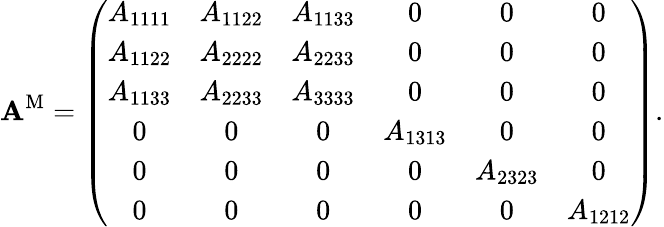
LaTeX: \textbf{A}^{\mathrm{M}}=\left(\begin{array}{cccccc}{A_{1111}}&{A_{1122}}&{A_{1133}}&{0}&{0}&{0}\\ {A_{1122}}&{A_{2222}}&{A_{2233}}&{0}&{0}&{0}\\ {A_{1133}}&{A_{2233}}&{A_{3333}}&{0}&{0}&{0}\\ {0}&{0}&{0}&{A_{1313}}&{0}&{0}\\ {0}&{0}&{0}&{0}&{A_{2323}}&{0}\\ {0}&{0}&{0}&{0}&{0}&{A_{1212}}\end{array}\right).